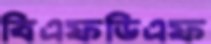
বিএফডিএফ